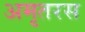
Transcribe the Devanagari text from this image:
अमृतरस